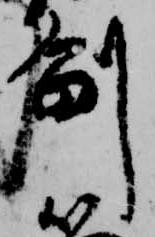
副